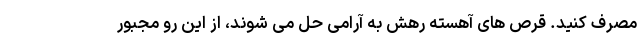
مصرف کنید. قرص های آهسته رهش به آرامی حل می شوند، از این رو مجبور